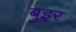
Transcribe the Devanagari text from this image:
बुइर